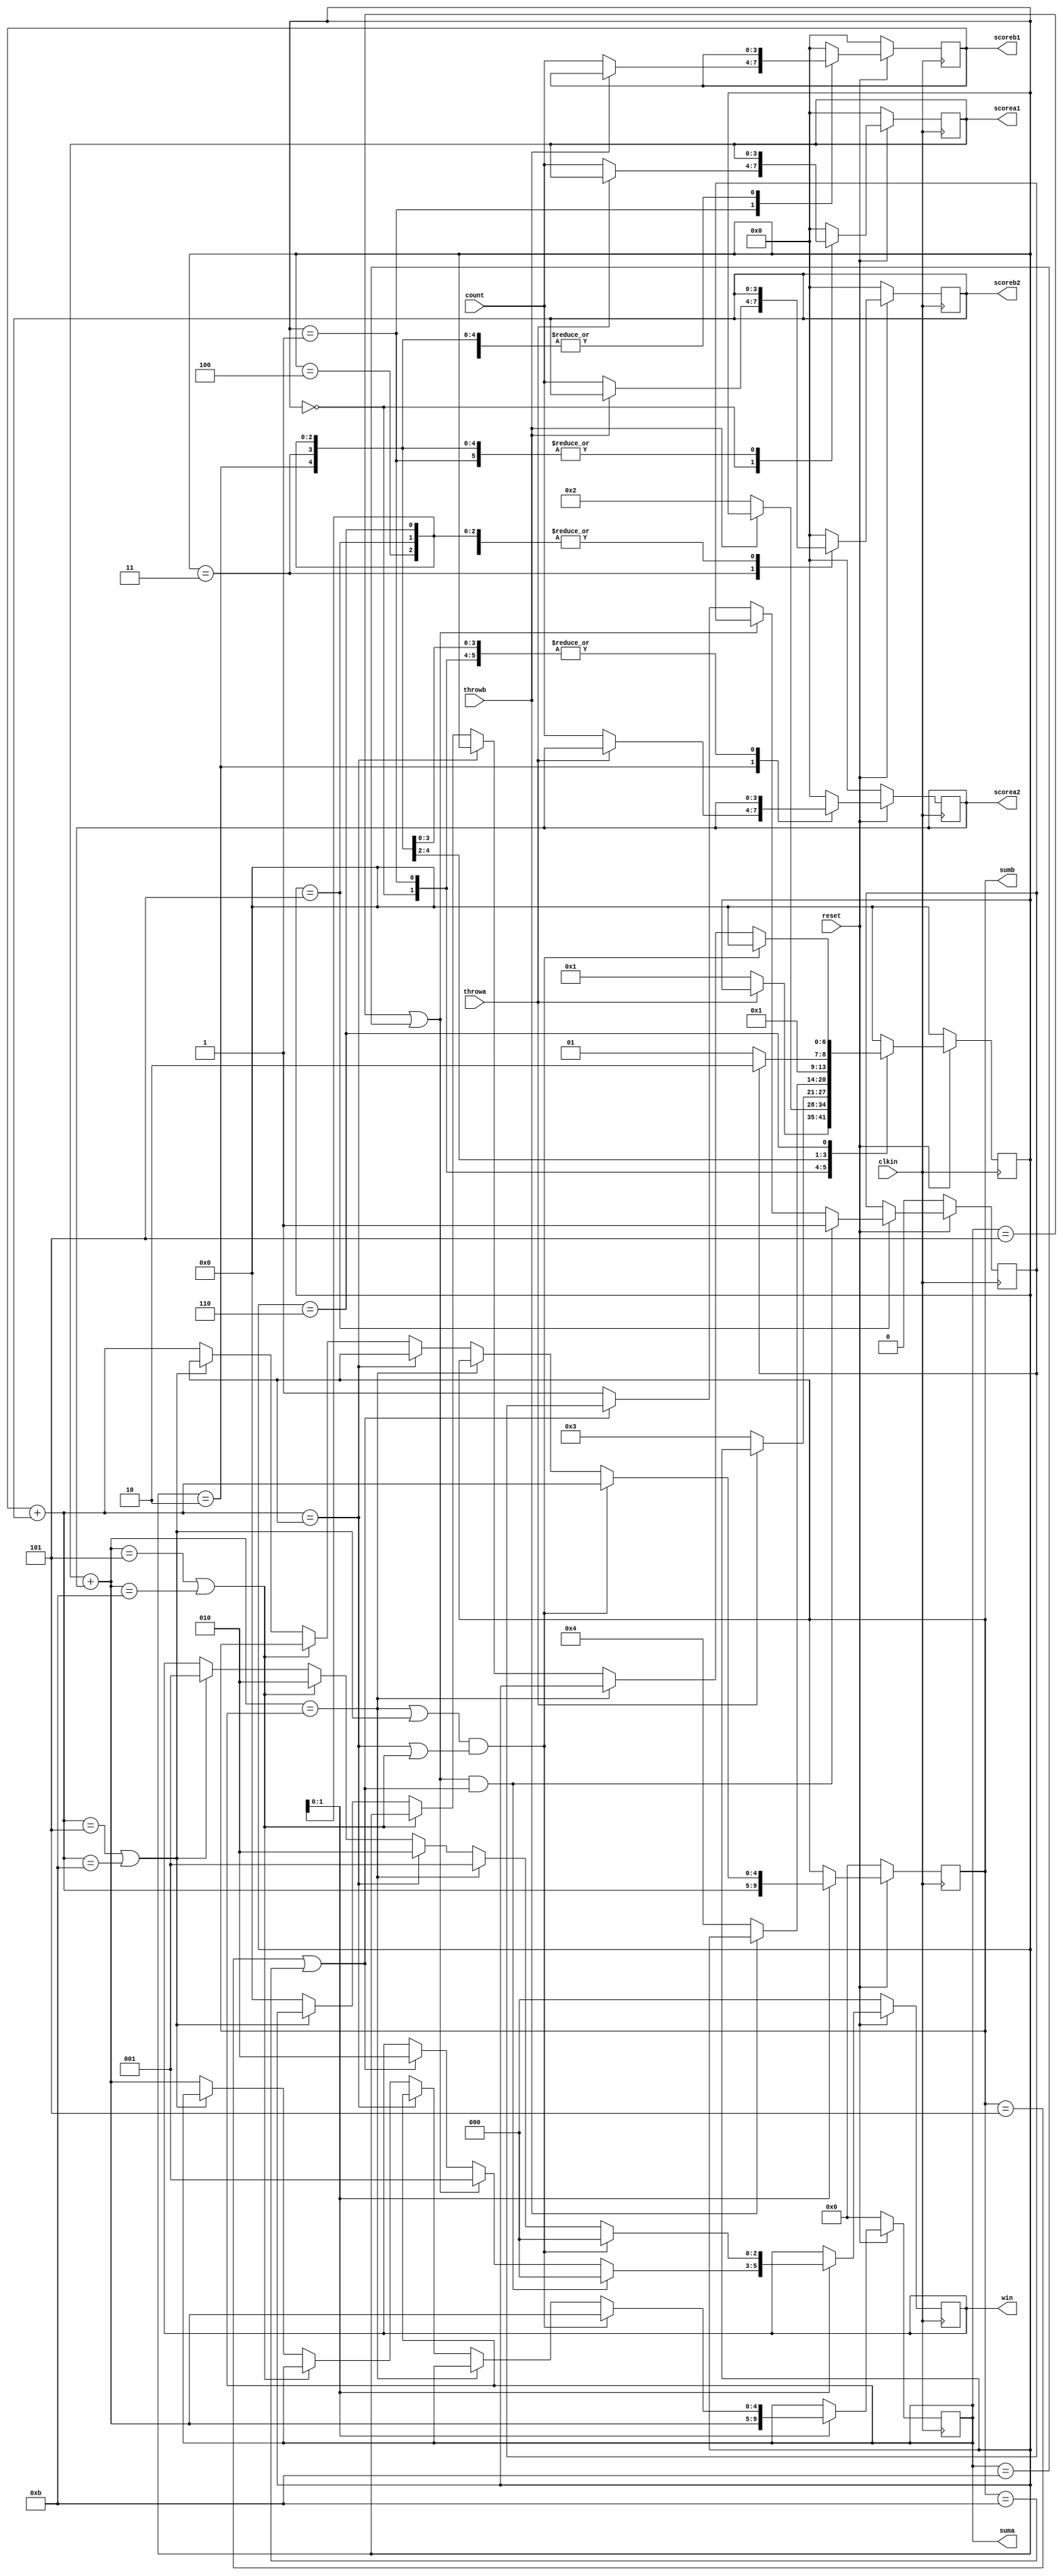
module homework(clkin,reset,count,throwa,throwb,scorea1,scorea2,scoreb1,scoreb2,win,suma,sumb);
input clkin,reset;
input[3:0] count;
input throwa,throwb;
output[3:0] scorea1,scorea2,scoreb1,scoreb2;
reg[3:0] scorea1,scorea2,scoreb1,scoreb2;
output[2:0] win;
reg[2:0] win;
reg[6:0] state;
output[4:0] suma,sumb;
reg[4:0] suma,sumb;
reg[4:0] regsuma,regsumb;
reg flag;
parameter
	s0=4'b0000, 
    s1=4'b0001,
    s2=4'b0010,
    s3=4'b0011,
    s4=4'b0100,
    s5=4'b0101,
    s6=4'b0110;
always@(posedge clkin)
 begin
	if(!reset)
	begin
		win<=0;
		state<=s0;
		flag<=0;
		scorea1<=0;
		scorea2<=0;
		scoreb1<=0;
		scoreb2<=0;
		suma<=0;
		sumb<=0;
	end
	else 
	begin
	case(state)
		s0:if(!throwa)
		begin
		scorea1<=count;
		state<=s1;
		end
		else
		scorea1<=scorea1;
		s1:if(!throwb)
		begin
		scoreb1<=count;
		state<=s2;
		end
		else
		scoreb1<=scoreb1;
		s2:if(!throwa)
		begin
		scorea2<=count;
		state<=s3;
		end
		else
		scorea2<=scorea2;
		s3:if(!throwb)
		begin
		scoreb2<=count;
		state<=s4;
		end
		else
		scoreb2<=scoreb2;
		s4:
		begin
		if(flag==0)
		state<=s5;
		else
		state<=s6;
		end
		s5:
		begin
		suma <= scorea1 + scorea2;
		sumb <= scoreb1 + scoreb2;
		if((suma == 5 || suma == 11) && (sumb == 5 || sumb == 11))
		begin
		win <= 0;
		state<=s0;
		flag<=1;
		end
		else if(suma == 5 || suma == 11)
		win <= 1;
		else if(sumb == 5 || sumb == 11)
		win <= 2;
		else
		begin
		flag <= 1;
		end
		state<=s0;
		end
		s6:
		begin
			regsuma = scorea1 + scorea2;
			regsumb = scoreb1 + scoreb2;
			if((regsuma == suma || (regsumb == 5 || regsumb == 11)) && (regsumb == sumb || (regsuma == 5 || regsuma == 11)))
			begin
			win<=0;
			state<=s0;
			suma = scorea1 + scorea2;
			sumb = scoreb1 + scoreb2;
			end
			else if(regsuma == suma)
			win <= 1;
			else if(regsumb == sumb)
			win <= 2;
			else if(regsuma == 5 || regsuma == 11)
			win <= 2;
			else if(regsumb == 5 || regsumb == 11)
			win <= 1;

			else
			begin
			state<=s0;
			suma = scorea1 + scorea2;
			sumb = scoreb1 + scoreb2;
			end
				
			end
		default:
		begin
		state<=s0;
		scorea1<=0;
		scorea2<=0;
		scoreb1<=0;
		scoreb2<=0;
		end
		endcase
	end	
	
end
endmodule